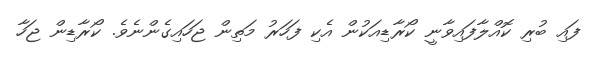
ފައި ބުރި ކޮއްލާފައިވާނީ ކޯރާޑިއަކުން އެކި ފަހަރު މަތިން ޖަހައިގެންނެވެ. ކޯރާޑިން ޖަހާ